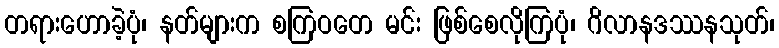
တရားဟောခဲ့ပုံ၊ နတ်များက စကြဝတေ မင်း ဖြစ်စေလိုကြပုံ၊ ဂိလာနဒဿနသုတ်၊